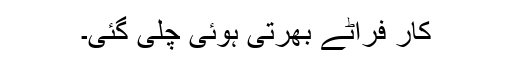
کار فراٹے بھرتی ہوئی چلی گئی۔